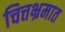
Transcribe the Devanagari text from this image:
चित्तभ्रमात